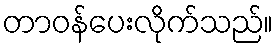
တာဝန်ပေးလိုက်သည်။